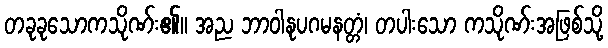
တခုခုသောကသိုဏ်း၏။ အည ဘာဝါနုပဂမနတ္တံ၊ တပါးသော ကသိုဏ်းအဖြစ်သို့